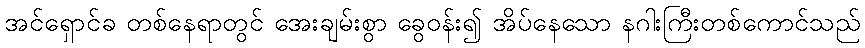
အင်ရှောင်ခ တစ်နေရာတွင် အေးချမ်းစွာ ခွေဝန်း၍ အိပ်နေသော နဂါးကြီးတစ်ကောင်သည်